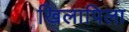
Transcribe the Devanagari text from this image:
खिलापिला